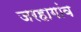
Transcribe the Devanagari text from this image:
जरहागांव